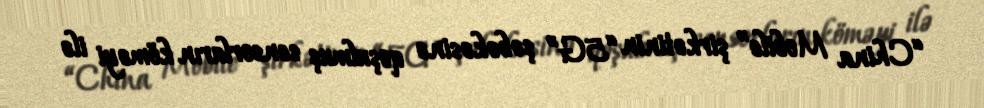
“China Mobile” şirkətinin “5G” şəbəkəsinə qoşulmuş sensorların köməyi ilə